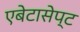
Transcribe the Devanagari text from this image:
एबेटासेप्ट